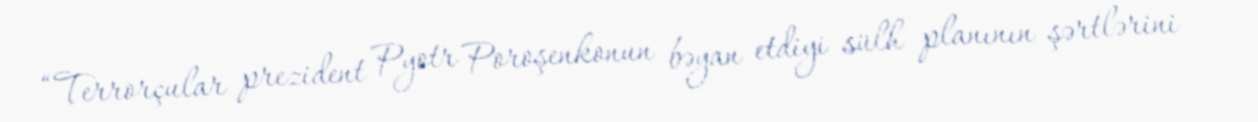
“Terrorçular prezident Pyotr Poroşenkonun bəyan etdiyi sülh planının şərtlərini